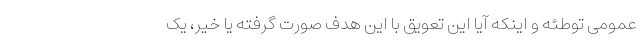
عمومی توطئه و اینکه آیا این تعویق با این هدف صورت گرفته یا خیر، یک